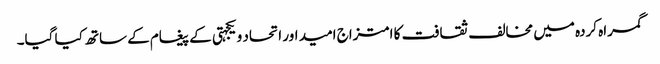
گمراہ کردہ میں مخالف ثقافت کا امتزاج امید اور اتحاد و یکجہتی کے پیغام کے ساتھ کیا گیا۔